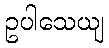
ဥပါသေယျ